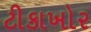
ટીકાખોર